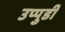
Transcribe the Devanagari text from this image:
उप्पुडी